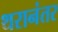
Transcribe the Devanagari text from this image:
थरानंतर